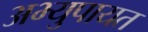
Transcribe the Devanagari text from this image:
अभ्युपायत